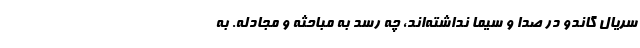
سریال گاندو در صدا و سیما نداشته‌اند، چه رسد به مباحثه و مجادله. به